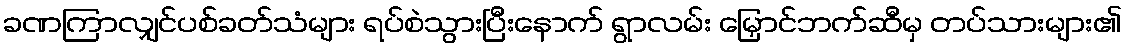
ခဏကြာလျှင်ပစ်ခတ်သံများ ရပ်စဲသွားပြီးနောက် ရွာလမ်း မြှောင်ဘက်ဆီမှ တပ်သားများ၏